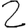
Digit: 2